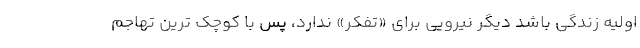
اولیه زندگی باشد دیگر نیرویی برای «تفکر» ندارد، پس با کوچک ترین تهاجم